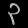
Digit: ၃